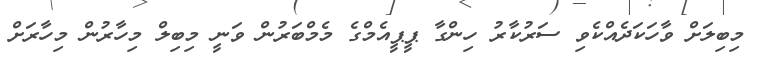
މިބިލަށް ވާހަކަދެއްކެވި ސަރުކާރު ހިންގާ ޕީޕީއެމްގެ މެމްބަރުން ވަނީ މިބިލް މިހާރުން މިހާރަށް